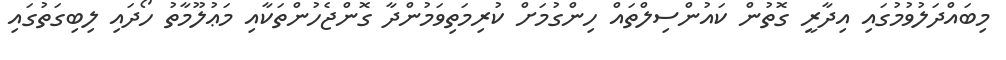
މިބައްދަލުވުމުގައި އިދާރީ ގޮތުން ކައުންސިލްތައް ހިންގުމަށް ކުރިމަތިވަމުންދާ ގޮންޖެހުންތަކާއި މަޢުލޫމާތު ހޯދައި ލިބިގަތުގައި